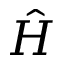
\hat { H }